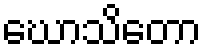
ဃောသိတော